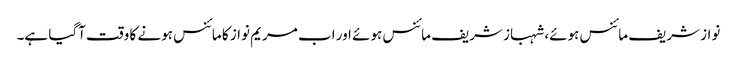
نواز شریف مائنس ہوئے، شہباز شریف مائنس ہوئے اور اب مریم نواز کا مائنس ہونے کا وقت آگیا ہے۔